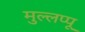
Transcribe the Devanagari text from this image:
मुल्लप्पू